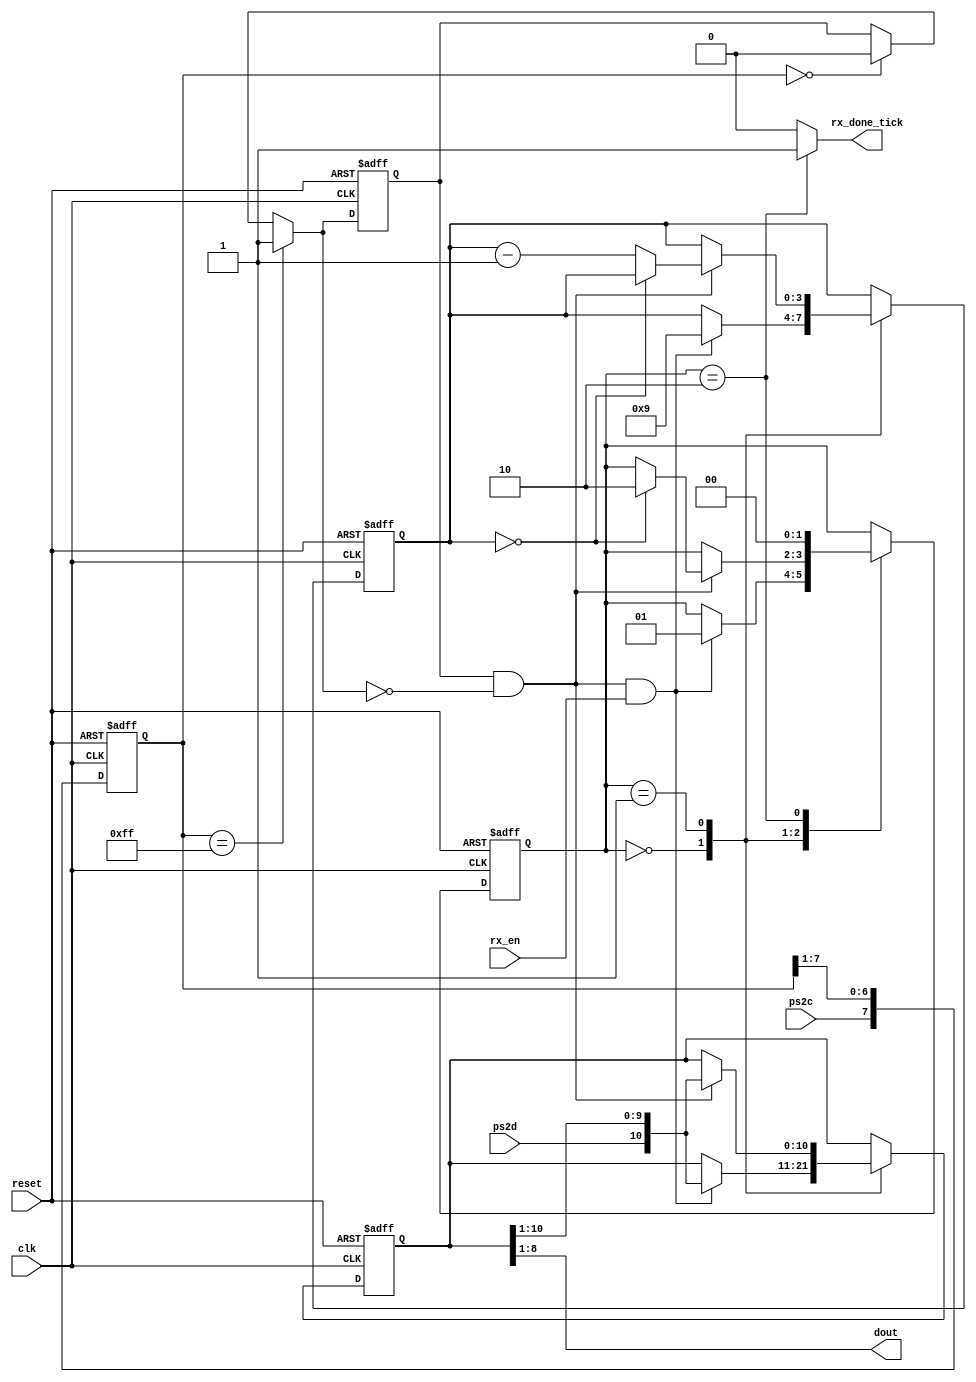
`timescale 1ns / 1ps
//////////////////////////////////////////////////////////////////////////////////
// Company: 
// Engineer: 
// 
// Design Name: 
// Module Name:    Receptor_PS2 
// Project Name: 
// Target Devices: 
// Tool versions: 
// Description: 
//
// Dependencies: 
//
// Revision: 
// Revision 0.01 - File Created
// Additional Comments: 
//
//////////////////////////////////////////////////////////////////////////////////
module Receptor_PS2(

input wire clk, reset,
input wire ps2d, ps2c, rx_en,
output reg rx_done_tick,
output wire [7:0] dout
);


localparam [1:0]      // declaracion de estados simbolica 
	idle = 2'b00,
	dps  = 2'b01,
	load = 2'b10;


reg [1:0] state_reg, state_next;     // declaracion de seales
reg [7:0] filter_reg;
wire [7:0] filter_next;
reg f_ps2c_reg;
wire f_ps2c_next;
reg [3:0] n_reg, n_next;
reg [10:0] b_reg, b_next; 
wire fall_edge;

//***************************** filtro y generacion flanco negativo ps2c

always @(posedge clk, posedge reset)
if (reset)
	begin
		filter_reg <= 0;
		f_ps2c_reg <= 0;
	end
else
	begin
		filter_reg <= filter_next;
		f_ps2c_reg <= f_ps2c_next;
	end

assign filter_next = {ps2c, filter_reg[7:1]};
assign f_ps2c_next = (filter_reg==8'b11111111) ? 1'b1 :
							(filter_reg==8'b00000000) ? 1'b0 :
							 f_ps2c_reg;
assign fall_edge = f_ps2c_reg & ~f_ps2c_next;        



//************************************* estados FSMD y registros de datos
always @(posedge clk, posedge reset)
	if (reset)
		begin
			state_reg <= idle;
			n_reg <= 0;
			b_reg <= 0;
		end
	else
		begin
			state_reg <= state_next;
			n_reg <= n_next;
			b_reg <= b_next;
		end
// *****************************logica estado siguiente FSMD
always @*
begin
	state_next = state_reg;
	rx_done_tick = 1'b0;
	n_next = n_reg;
	b_next = b_reg;
	case (state_reg)
		idle:
			if (fall_edge & rx_en)
				begin
					
					b_next = {ps2d, b_reg[10:1]};
					n_next = 4'b1001;
					state_next = dps;
				end
		dps:           // 8 bits datos + 1 paridad + 1 parada
			if (fall_edge)
				begin
					b_next = {ps2d, b_reg[10:1]};
					if (n_reg==0)
						state_next = load;
					else
						n_next = n_reg - 1'b1;
				end
		load:      // ciclo de reloj extra que termina el dato del teclado
			begin
				state_next = idle;
				rx_done_tick = 1'b1;
			end
	endcase
end
            // salida
assign dout = b_reg[8:1]; // bits de datos incluye bit de inicio, parada y paridad )Nota: Bits del cdigo de la teclado [8:1]

endmodule